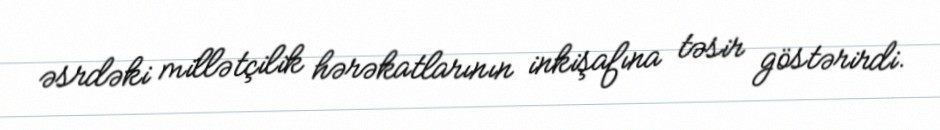
əsrdəki millətçilik hərəkatlarının inkişafına təsir göstərirdi.